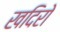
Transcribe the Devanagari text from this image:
खदिरो